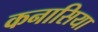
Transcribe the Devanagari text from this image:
कनासिया